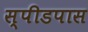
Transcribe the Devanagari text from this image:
स्पीडपास